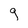
Character: g